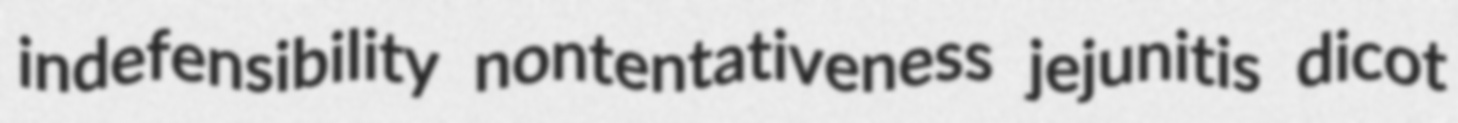
indefensibility nontentativeness jejunitis dicot